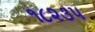
૧૮૨૩૫